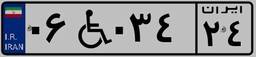
۵۵W۱۶۶۵۴